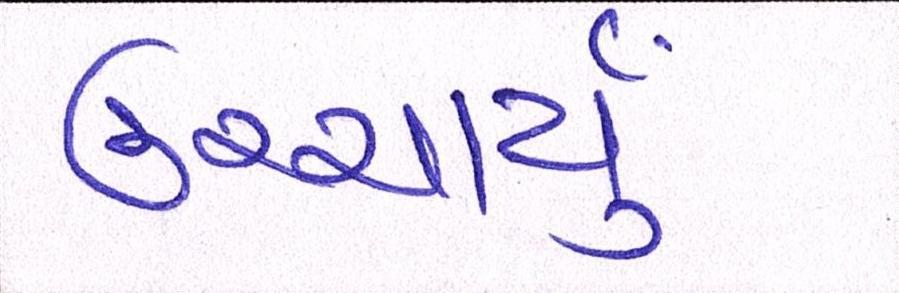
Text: ઉચ્ચાર્યું